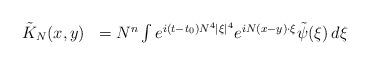
LaTeX: \begin{align*}\begin{array}{ll}\tilde{K}_{N}(x,y) & = N^{n} \int e^{i(t-t_{0}) N^{4} |\xi|^{4}} e^{iN(x-y) \cdot \xi} \tilde{\psi}(\xi) \, d \xi\end{array}\end{align*}